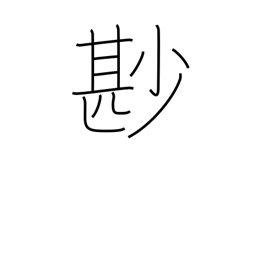
Meaning: not a little